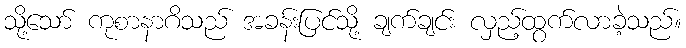
သို့သော် ကုစာနာဂိသည် အခန်းပြင်သို့ ချက်ချင်း လှည့်ထွက်လာခဲ့သည်။